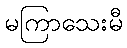
မကြာသေးမီ